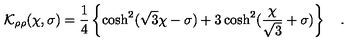
{ \cal K } _ { \rho \rho } ( \chi , \sigma ) = \frac { 1 } { 4 } \left\{ \cosh ^ { 2 } ( \sqrt { 3 } \chi - \sigma ) + 3 \cosh ^ { 2 } ( \frac { \chi } { \sqrt { 3 } } + \sigma ) \right\} \quad .